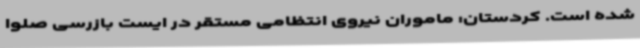
شده است. کردستان: ماموران نیروی انتظامی مستقر در ایست بازرسی صلوا